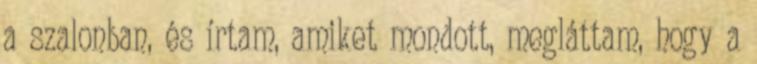
a szalonban, és írtam, amiket mondott, megláttam, hogy a